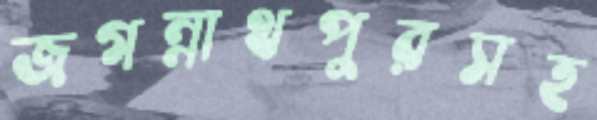
জগন্নাথপুরসহ